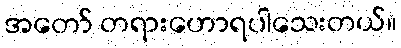
အတော် တရားဟောရပါသေးတယ်။